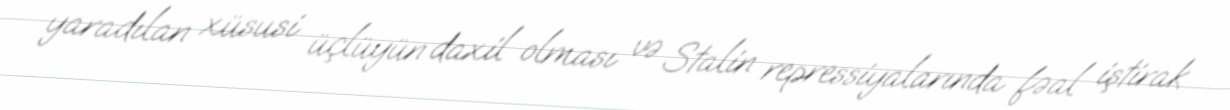
yaradılan xüsusi üçlüyün daxil olması və Stalin repressiyalarında fəal iştirak